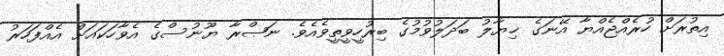
އިތުރަށް ހުރެއްޖެއްޔާ އޭނަގެ ޚިޔާލު ބަދަލުވުމުގެ ބިރުހީވީތީވެއެވެ. ނަޞްރާ ޔޫނުސްގެ އެވާހަކައަށް އެއްފަހަރު